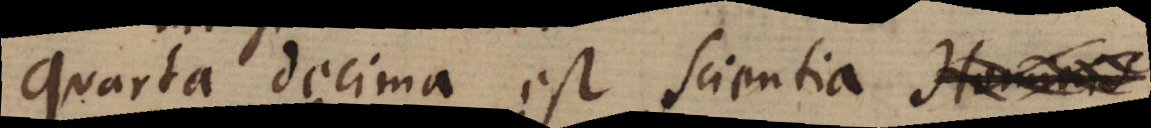
Quarta decima est Scientia Hominis